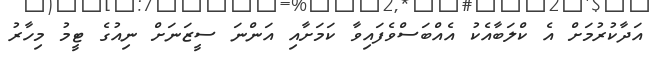
އަދާކުރުމަށް އެ ކްލަބާއެކު އެއްބަސްވެފައިވާ ކަމަށާއި އަންނަ ސީޒަނަށް ނިއުގެ ޓީމު މިހާރު